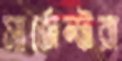
সার্জেন্টরা